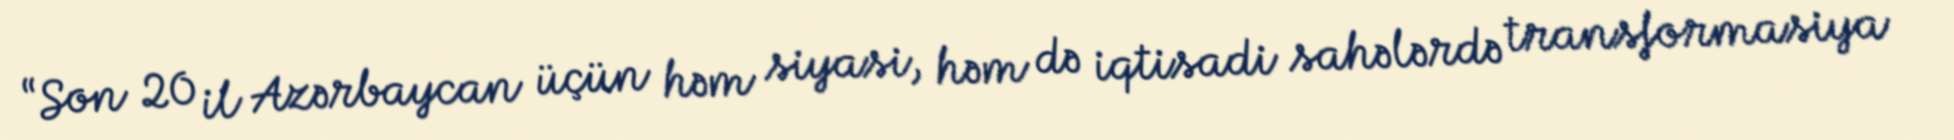
“Son 20 il Azərbaycan üçün həm siyasi, həm də iqtisadi sahələrdə transformasiya